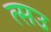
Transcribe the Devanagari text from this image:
त्सउ